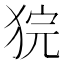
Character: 𤞵